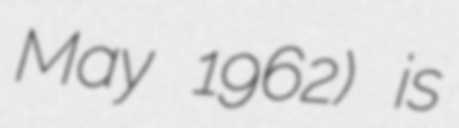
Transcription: May 1962) is